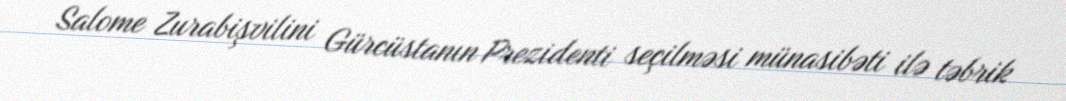
Salome Zurabişvilini Gürcüstanın Prezidenti seçilməsi münasibəti ilə təbrik